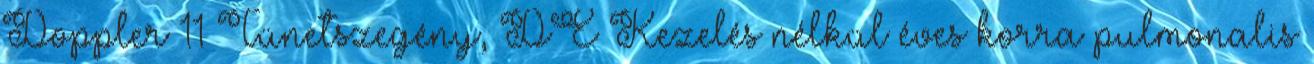
Doppler 11 Tünetszegény, DE Kezelés nélkül éves korra pulmonalis